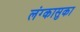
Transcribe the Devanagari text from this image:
लंग्कासुका